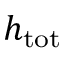
h _ { \mathrm { t o t } }